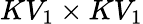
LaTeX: KV_{1}\times KV_{1}